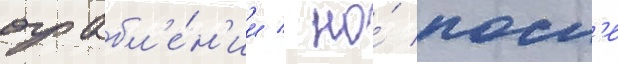
ограбл'е́н'ии / но́ посл'е